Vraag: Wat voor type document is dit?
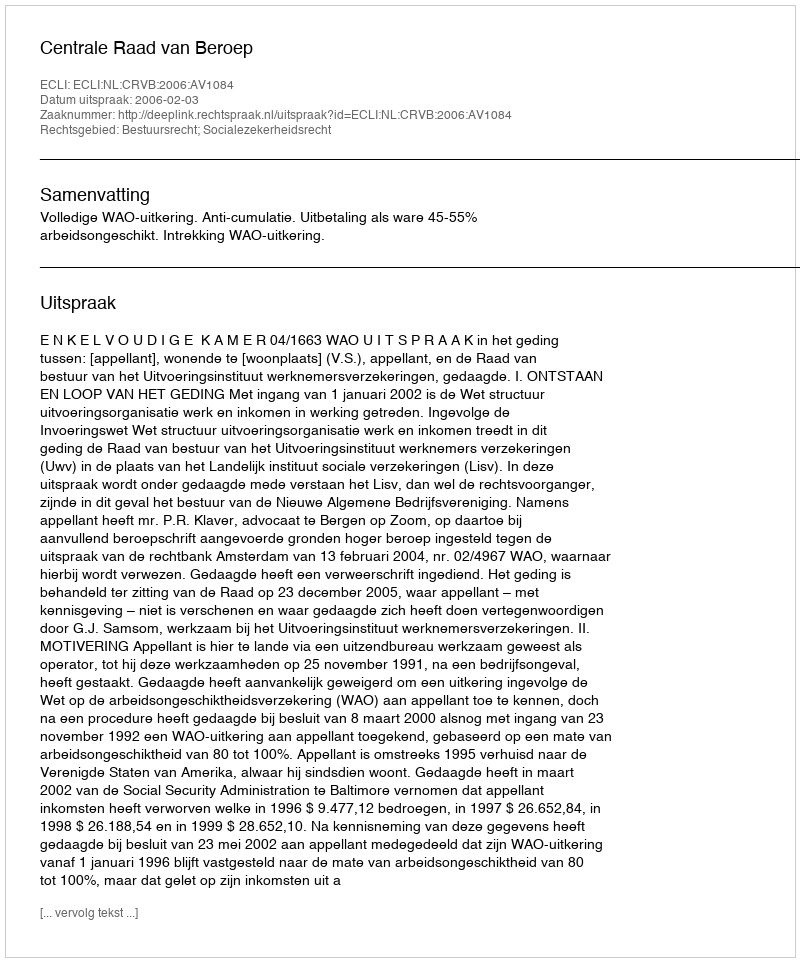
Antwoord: Uitspraak